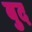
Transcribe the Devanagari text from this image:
बुद